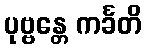
ပုဗ္ဗန္တေ ကင်္ခတိ